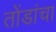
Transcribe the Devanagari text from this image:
तोंडांचा